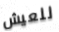
للعيش